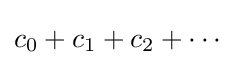
c_{0}+c_{1}+c_{2}+\cdots